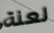
لعنة